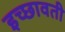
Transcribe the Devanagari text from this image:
इच्छावती